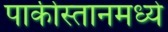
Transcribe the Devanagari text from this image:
पाकीस्तानमध्ये